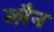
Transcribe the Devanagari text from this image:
ब्लैन